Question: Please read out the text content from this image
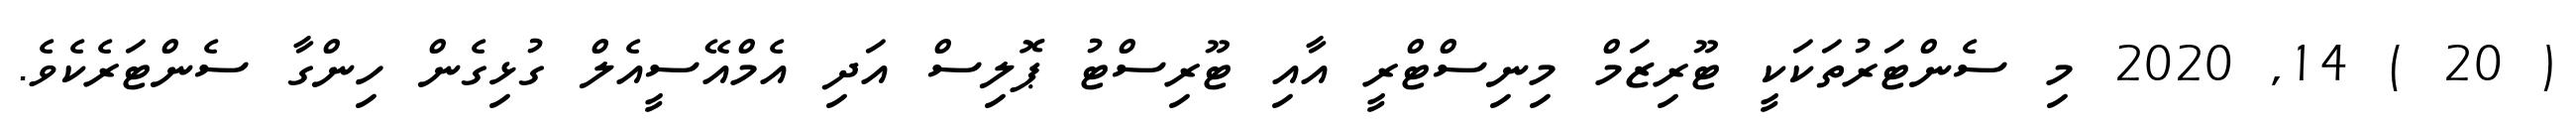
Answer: ( 20 ) 14, 2020 މި ސެންޓަރުތަކަކީ ޓޫރިޒަމް މިނިސްޓްރީ އާއި ޓޫރިސްޓު ޕޮލިސް އަދި އެމްއޭސީއެލް ގުޅިގެން ހިންގާ ސެންޓަރެކެވެ.